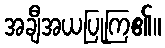
အချီအယပြုကြ၏။